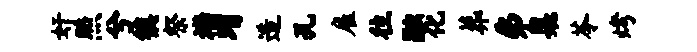
奸照兮镇祭襟瑁造孔雇往融化葬弗臬苓烤